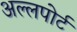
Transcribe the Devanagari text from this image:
अल्लपोर्ट